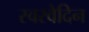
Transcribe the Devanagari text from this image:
स्वरवेदिन